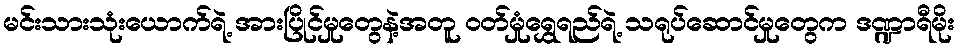
မင်းသားသုံးယောက်ရဲ့ အားပြိုင်မှုတွေနဲ့အတူ ဝတ်မှုံရွှေရည်ရဲ့ သရုပ်ဆောင်မှုတွေက ဒဏ္ဍာရီမိုး